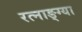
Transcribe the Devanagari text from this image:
रत्नाङ्ग्या